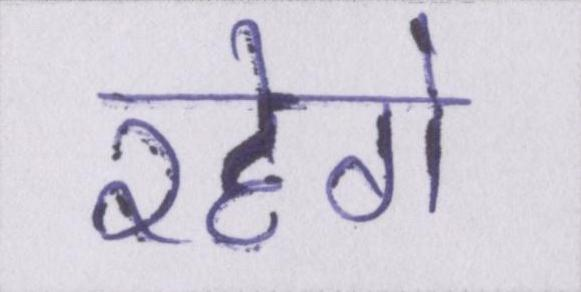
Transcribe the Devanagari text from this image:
रहेगे